Indian journal of veterinary science and animal husbandry - Volume 14,
Year: 1944
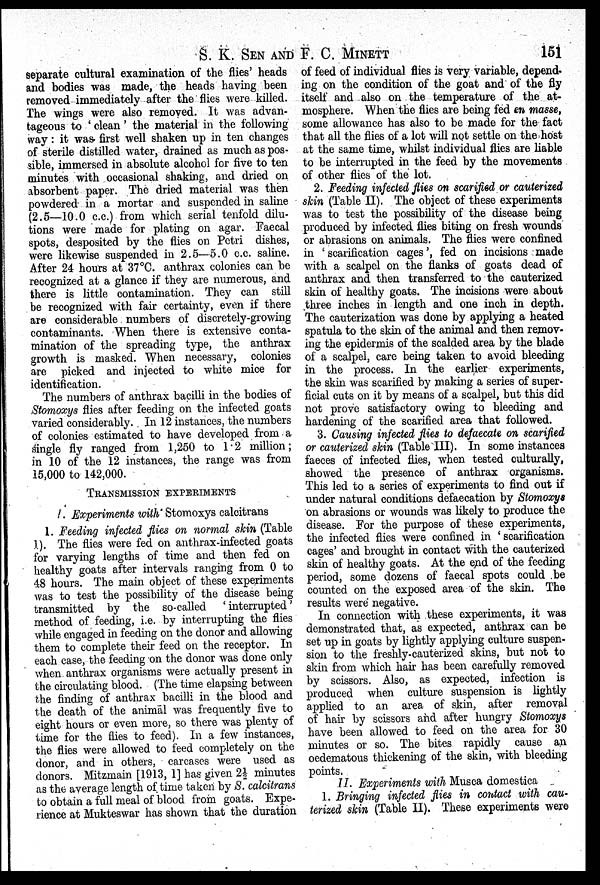
S. K. SEN AND F. C.
MINETT
151
separate cultural examination of the flies' heads
and bodies was made, the heads having been
removed immediately after the flies were killed.
The wings were also removed. It was advan-
tageous to ' clean ' the material in the following
way: it was first well shaken up in ten changes
of sterile distilled water, drained as much as pos-
sible, immersed in absolute alcohol for five to ten
minutes with occasional shaking, and dried on
absorbent paper. The dried material was then
powdered in a mortar and suspended in saline
(2.5—10.0 c.c.) from which serial tenfold dilu-
tions were made for plating on agar. Faecal
spots, desposited by the flies on Petri dishes,
were likewise suspended in 2.5—5.0 c.c. saline.
After 24 hours at 37°C. anthrax colonies can be
recognized at a glance if they are numerous, and
there is little contamination. They can still
be recognized with fair certainty, even if there
are considerable numbers of discretely-growing
contaminants. When there is extensive conta-
mination of the spreading type, the anthrax
growth is masked. When necessary, colonies
are picked and injected to white mice for
identification.
The numbers of anthrax bacilli in the bodies of
Stomoxys flies after feeding on the infected goats
varied considerably. In 12 instances, the numbers
of colonies estimated to have developed from a
single fly ranged from 1,250 to 1.2 million;
in 10 of the 12 instances, the range was from
15,000 to 142,000.
TRANSMISSION EXPERIMENTS
I. Experiments with Stomoxys calcitrans
1. Feeding infected flies on normal skin (Table
1). The flies were fed on anthrax-infected goats
for varying lengths of time and then fed on
healthy goats after intervals ranging from 0 to
48 hours. The main object of these experiments
was to test the possibility of the disease being
transmitted by the so-called ' interrupted '
method of feeding, i.e. by interrupting the flies
while engaged in feeding on the donor and allowing
them to complete their feed on the receptor. In
each case, the feeding on the donor was done only
when anthrax organisms were actually present in
the circulating blood. (The time elapsing between
the finding of anthrax bacilli in the blood and
the death of the animal was frequently five to
eight hours or even more, so there was plenty of
time for the flies to feed). In a few instances,
the flies were allowed to feed completely on the
donor, and in others, carcases were used as
donors. Mitzmain [1913, 1] has given 2½ minutes
as the average length of time taken by S. calcitrans
to obtain a full meal of blood from goats. Expe-
rience at Mukteswar has shown that the duration
of feed of individual flies is very variable, depend-
ing on the condition of the goat and of the fly
itself and also on the temperature of the at-
mosphere. When the flies are being fed en masse,
some allowance has also to be made for the fact
that all the flies of a lot will not settle on the host
at the same time, whilst individual flies are liable
to be interrupted in the feed by the movements
of other flies of the lot.
2. Feeding infected flies on scarified or cauterized
skin (Table II). The object of these experiments
was to test the possibility of the disease being
produced by infected flies biting on fresh wounds
or abrasions on animals. The flies were confined
in ' scarification cages ', fed on incisions made
with a scalpel on the flanks of goats dead of
anthrax and then transferred to the cauterized
skin of healthy goats. The incisions were about
three inches in length and one inch in depth.
The cauterization was done by applying a heated
spatula to the skin of the animal and then remov-
ing the epidermis of the scalded area by the blade
of a scalpel, care being taken to avoid bleeding
in the process. In the earlier experiments,
the skin was scarified by making a series of super-
ficial cuts on it by means of a scalpel, but this did
not prove satisfactory owing to bleeding and
hardening of the scarified area that followed.
3. Causing infected flies to defaecate on scarified
or cauterized skin (Table III). In some instances
faeces of infected flies, when tested culturally,
showed the presence of anthrax organisms.
This led to a series of experiments to find out if
under natural conditions defaecation by Stomoxys
on abrasions or wounds was likely to produce the
disease. For the purpose of these experiments,
the infected flies were confined in ' scarification
cages' and brought in contact with the cauterized
skin of healthy goats. At the end of the feeding
period, some dozens of faecal spots could be
counted on the exposed area of the skin. The
results were negative.
In connection with these experiments, it was
demonstrated that, as expected, anthrax can be
set up in goats by lightly applying culture suspen-
sion to the freshly-cauterized skins, but not to
skin from which hair has been carefully removed
by scissors. Also, as expected, infection is
produced when culture suspension is lightly
applied to an area of skin, after removal
of hair by scissors and after hungry Stomoxys
have been allowed to feed on the area for 30
minutes or so. The bites rapidly cause an
oedematous thickening of the skin, with bleeding
points.
II. Experiments with Musca domestica
1. Bringing infected flies in contact with cau-
terized skin (Table II). These experiments were